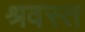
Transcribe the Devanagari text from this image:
श्रवस्त